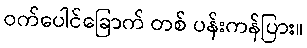
ဝက်ပေါင်ခြောက် တစ် ပန်းကန်ပြား။